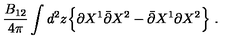
\frac { B _ { 1 2 } } { 4 \pi } \int d ^ { 2 } z \Bigl \{ \partial X ^ { 1 } \bar { \partial } X ^ { 2 } - \bar { \partial } X ^ { 1 } \partial X ^ { 2 } \Bigr \} \ .